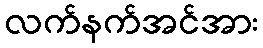
လက်နက်အင်အား